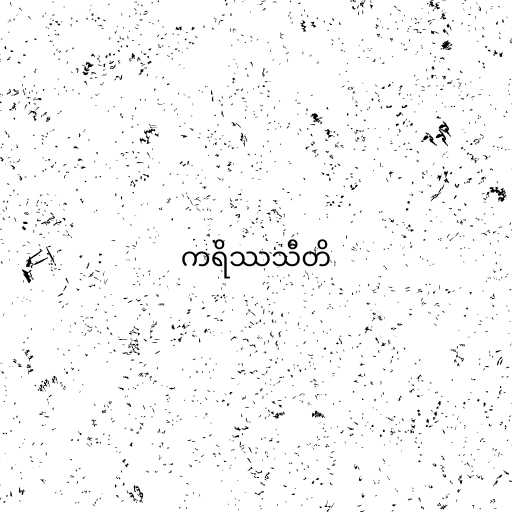
ကရိဿသီတိ